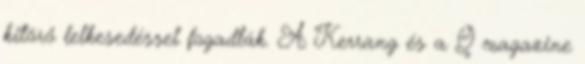
kitörő lelkesedéssel fogadták. A Kerrang és a Q magazine